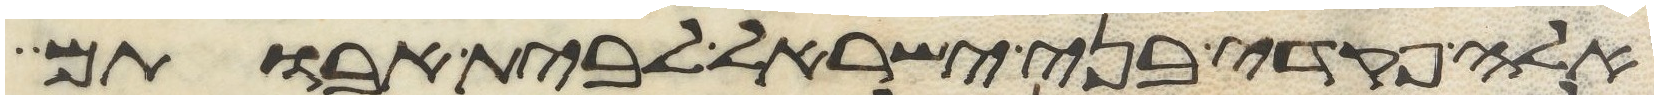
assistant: אלה פקדי בני ישראל לבית אבותם